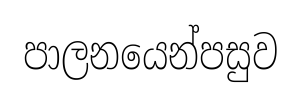
පාලනයෙන්පසුව